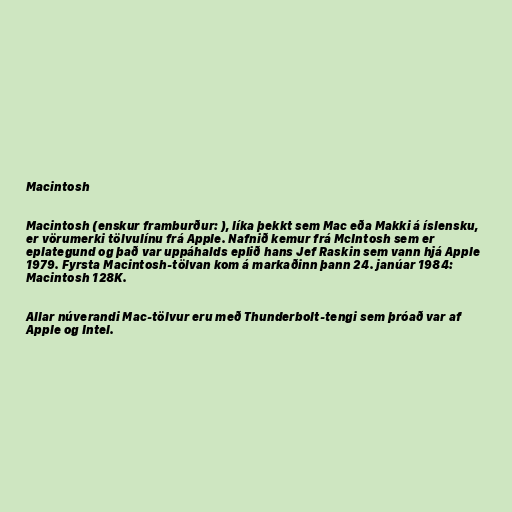
Macintosh

Macintosh (enskur framburður: ), líka þekkt sem Mac eða Makki á íslensku,
er vörumerki tölvulínu frá Apple. Nafnið kemur frá McIntosh sem er
eplategund og það var uppáhalds eplið hans Jef Raskin sem vann hjá Apple
1979. Fyrsta Macintosh-tölvan kom á markaðinn þann 24. janúar 1984:
Macintosh 128K.

Allar núverandi Mac-tölvur eru með Thunderbolt-tengi sem þróað var af
Apple og Intel.